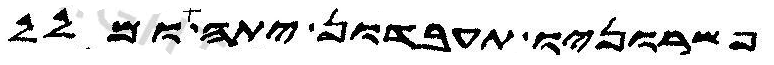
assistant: פשרוניו תעבדון יתה ומלל